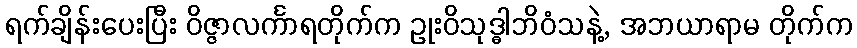
ရက်ချိန်းပေးပြီး ဝိဇ္ဇာလင်္ကာရတိုက်က ဥုးဝိသုဒ္ဓါဘိဝံသနဲ့, အဘယာရာမ တိုက်က